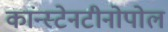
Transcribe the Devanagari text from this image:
कांन्स्टेनटीनोपोल